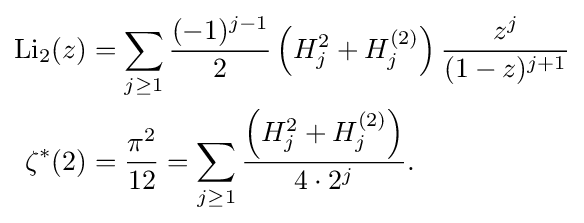
{\begin{aligned}{\text{Li}}_{2}(z)&=\sum _{j\geq 1}{\frac {(-1)^{j-1}}{2}}\left(H_{j}^{2}+H_{j}^{(2)}\right){\frac {z^{j}}{(1-z)^{j+1}}}\\\zeta ^{\ast }(2)&={\frac {\pi ^{2}}{12}}=\sum _{j\geq 1}{\frac {\left(H_{j}^{2}+H_{j}^{(2)}\right)}{4\cdot 2^{j}}}.\end{aligned}}